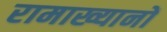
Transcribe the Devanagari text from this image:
रामाख्यानों